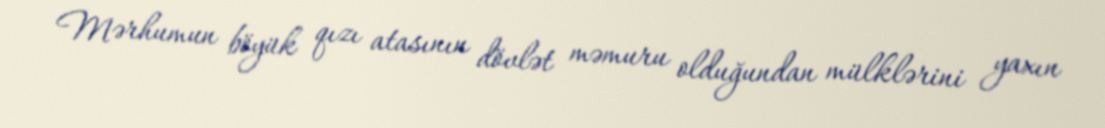
Mərhumun böyük qızı atasının dövlət məmuru olduğundan mülklərini yaxın